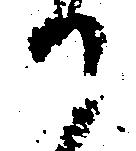
か